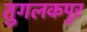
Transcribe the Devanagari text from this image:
तुगलकपुर